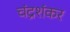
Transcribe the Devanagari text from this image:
चंद्रशंकर